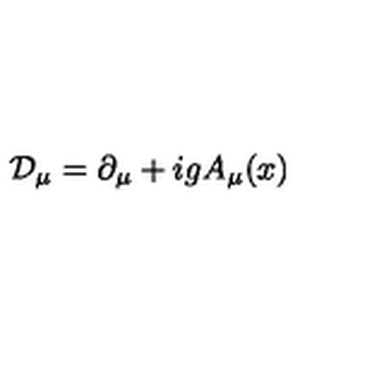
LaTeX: { \cal D } _ { \mu } = \partial _ { \mu } + i g A _ { \mu } ( x )